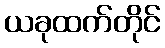
ယခုထက်တိုင်